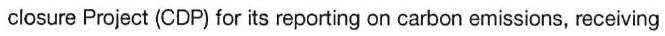
closure Project (CDP) for its reporting on carbon emissions, receiving